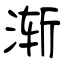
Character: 渐